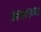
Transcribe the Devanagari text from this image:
अखाणा